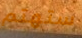
ستهتم